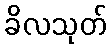
ခိလသုတ်